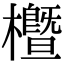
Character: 櫭